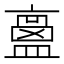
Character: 𥂶